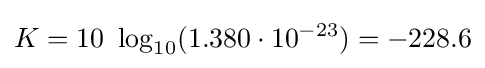
K=10\ \log _{10}(1.380\cdot 10^{-23})=-228.6